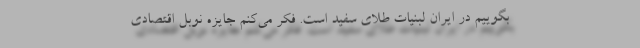
بگوییم در ایران لبنیات طلای سفید است. فکر می‌کنم جایزه نوبل اقتصادی